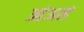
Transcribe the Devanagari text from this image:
आंअसं